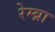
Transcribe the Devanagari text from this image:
रेम्ब्रा